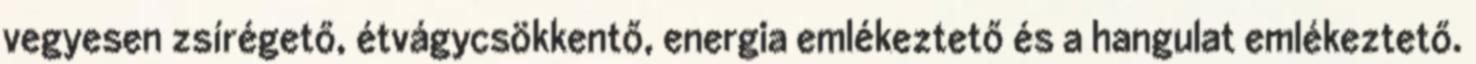
vegyesen zsírégető, étvágycsökkentő, energia emlékeztető és a hangulat emlékeztető.